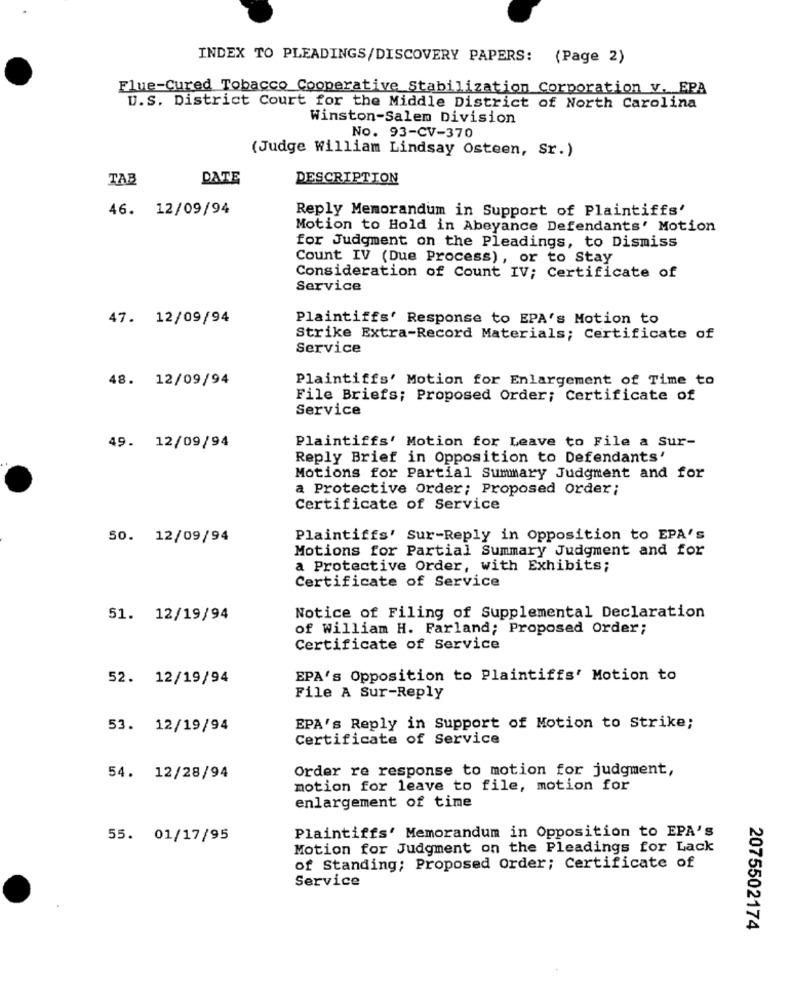
INDEX TO PLEADINGS/DISCOVERY PAPERS: (Page 2)
Flue-Cured Tobacco Cooperative Stabilization Corporation v. EPA
U.S. District Court for the Middle District of North Carolina
Winston-Salem Division
No. 93-CV-370
(Judge William Lindsay Osteen, Sr.)
TAB
DATE
DESCRIPTION
46. 12/09/94
Reply Memorandum in Support of Plaintiffs'
Motion to Hold in Abeyance Defendants' Motion
for Judgment on the Pleadings, to Dismiss
Count IV (Due Process), or to Stay
Consideration of Count IV; Certificate of
Service
47. 12/09/94
Plaintiffs' Response to EPA's Motion to
Strike Extra-Record Materials; Certificate of
Service
48. 12/09/94
Plaintiffs' Motion for Enlargement of Time to
File Briefs; Proposed Order; Certificate of
Service
Plaintiffs' Motion for Leave to File a Sur-
49. 12/09/94
Reply Brief in Opposition to Defendants'
Motions for Partial Summary Judgment and for
a Protective Order; Proposed Order;
Certificate of Service
50. 12/09/94
Plaintiffs' Sur-Reply in Opposition to EPA's
Motions for Partial Summary Judgment and for
a Protective Order, with Exhibits;
Certificate of Service
51. 12/19/94
Notice of Filing of Supplemental Declaration
of William H. Parland; Proposed Order;
Certificate of Service
52. 12/19/94
EPA's Opposition to Plaintiffs' Motion to
File A Sur-Reply
53. 12/19/94
EPA's Reply in Support of Motion to Strike;
Certificate of Service
Order re response to motion for judgment,
54. 12/28/94
motion for leave to file, motion for
enlargement of time
55. 01/17/95
Plaintiffs' Memorandum in Opposition to EPA's
Motion for Judgment on the Pleadings for Lack
of Standing; Proposed Order; Certificate of
Service
2075502174